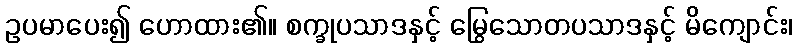
ဥပမာပေး၍ ဟောထား၏။ စက္ခုပသာဒနှင့် မြွေသောတပသာဒနှင့် မိကျောင်း၊